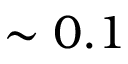
\sim 0 . 1